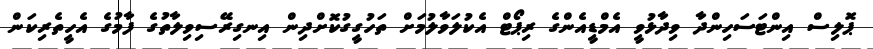
ޕޮލިސް އިންޓަސަހިންދާ ވިދާޅުވީ އެމްޑީއެންގެ ރިޕޯޓް އެކުލަވާލުމަށް ތަހުގީގުކޮށްދިން އިނގިރޭސިވިލާތުގެ ފާމުގެ އެހީތެރިކަން